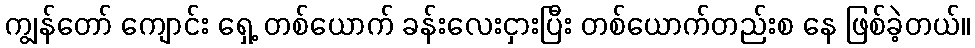
ကျွန်တော် ကျောင်း ရှေ့ တစ်ယောက် ခန်းလေးငှားပြီး တစ်ယောက်တည်းစ နေ ဖြစ်ခဲ့တယ်။